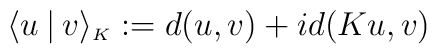
\langle u\mathbin|v\rangle_{\scriptscriptstyle K} := d(u,v) + id(Ku,v)